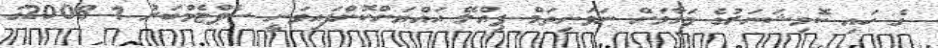
ގެ ހައި ކޮމިޝަނަރުގެ މަގާމަށް ނަވަނިތަމް ޕިއްލޭ އައްޔަންކޮށްފައިވަނީ ސެޕްޓެމްބަރު 1 2008ގަ